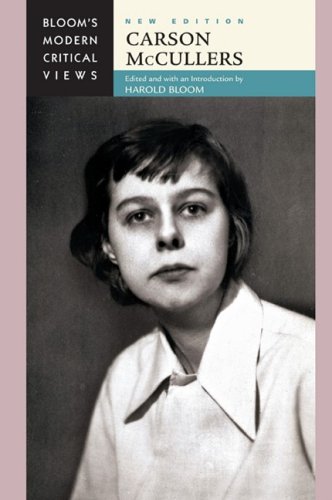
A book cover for Carson McCullers (Bloom's Modern Critical Views); Teen & Young Adult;